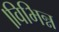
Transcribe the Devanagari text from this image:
।विभिन्न